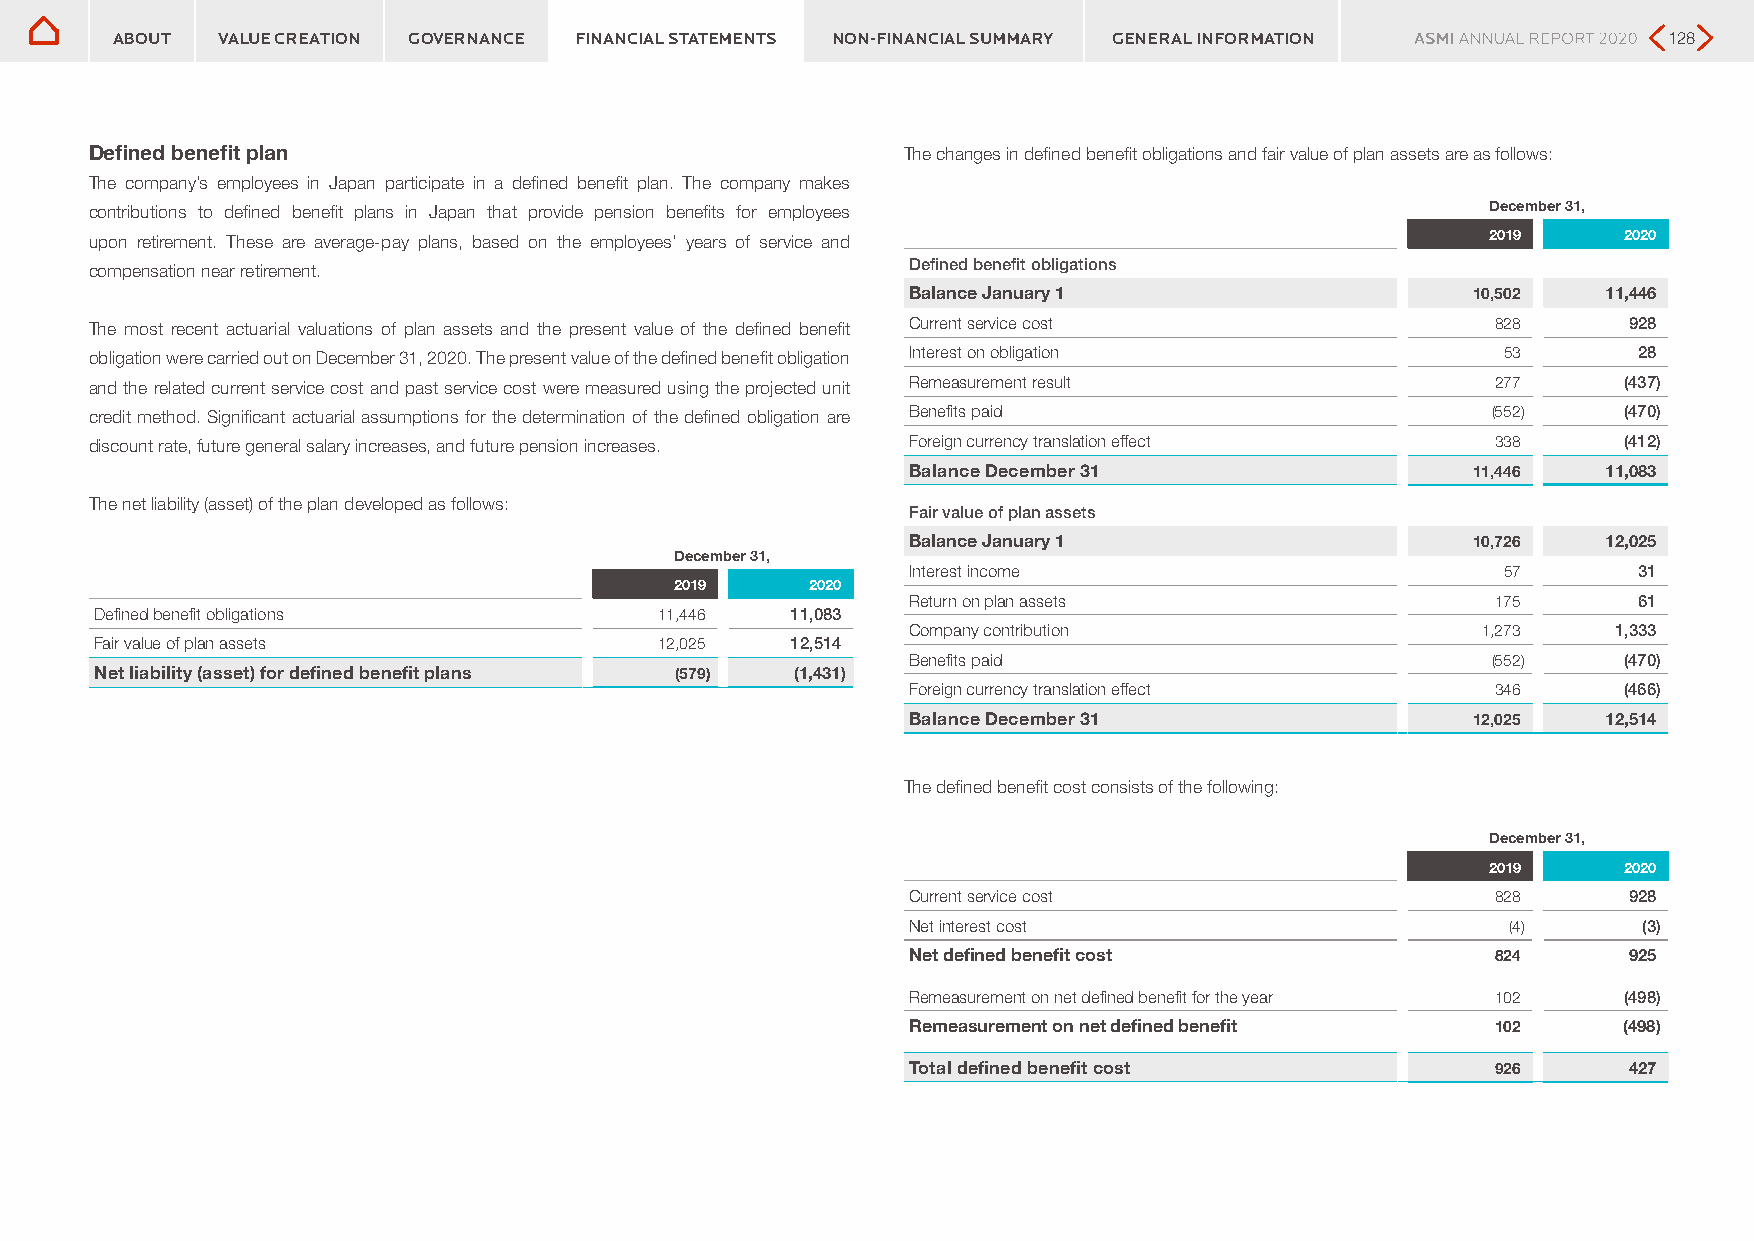
ABOUT  VALUE CREATION GOVERNANCE FINANCIAL STATEMENTS NON-FINANCIAL SUMMARY GENERAL INFORMATION        128
 Defined benefit plan                                  The changes in defined benefit obligations and fair value of plan assets are as follows:
 The company’s employees in Japan participate in a defined benefit plan. The company makes
 contributions to defined benefit plans in Japan that provide pension benefits for employees  December 31,
 upon retirement. These are average-pay plans, based on the employees’ years of service and   2019     2020
 compensation near retirement.                         Defined benefit obligations
 Balance January 1                     10,502  11,446
 The most recent actuarial valuations of plan assets and the present value of the defined benefit Current service cost 828 928
 obligation were carried out on December 31, 2020. The present value of the defined benefit obligation Interest on obligation 53 28
 and the related current service cost and past service cost were measured using the projected unit Remeasurement result 277 (437)
 credit method. Significant actuarial assumptions for the determination of the defined obligation are Benefits paid (552) (470)
 discount rate, future general salary increases, and future pension increases. Foreign currency translation effect 338 (412)
 Balance December 31                   11,446  11,083
 The net liability (asset) of the plan developed as follows:
 Fair value of plan assets
 Balance January 1                     10,726  12,025
 December 31,
 Interest income                         57      31
 2019     2020
 Return on plan assets                  175      61
 Defined benefit obligations           11,446  11,083
 Company contribution                  1,273    1,333
 Fair value of plan assets             12,025  12,514
 Benefits paid                          (552)   (470)
 Net liability (asset) for defined benefit plans (579) (1,431)
 Foreign currency translation effect    346     (466)
 Balance December 31                   12,025  12,514
 The defined benefit cost consists of the following:
 December 31,
 2019     2020
 Current service cost                   828      928
 Net interest cost                       (4)      (3)
 Net defined benefit cost               824      925
 Remeasurement on net defined benefit for the year 102 (498)
 Remeasurement on net defined benefit   102     (498)
 Total defined benefit cost             926      427